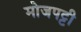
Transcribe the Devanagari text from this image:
मोजपट्टी